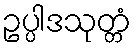
ဥပ္ပါဒသုတ္တံ